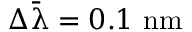
\Delta { \bar { \uplambda } } = 0 . 1 \ \mathrm { n m }